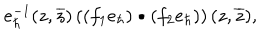
e _ { \hbar } ^ { - 1 } ( z , \overline { { { z } } } ) \left( ( f _ { 1 } e _ { \hbar } ) \bullet ( f _ { 2 } e _ { \hbar } ) \right) ( z , \overline { { { z } } } ) ,